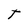
Character: T